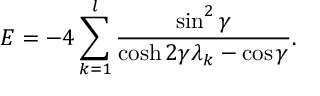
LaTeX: E = - 4 \sum _ { k = 1 } ^ { l } \frac { \sin ^ { 2 } \gamma } { \cosh 2 \gamma \lambda _ { k } - \cos \gamma } .